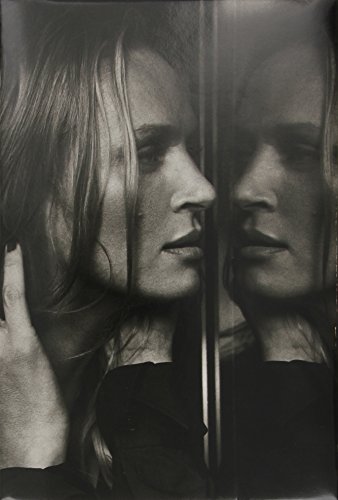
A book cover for Images of Women II: 2005-2014; Peter Lindbergh; Arts & Photography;